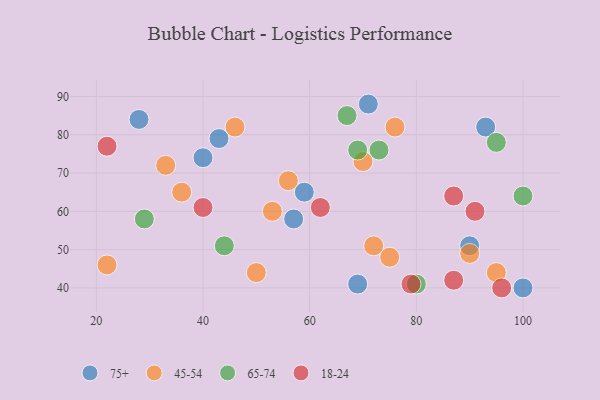
{"axis": {"x": "GDP", "y": "Life Expectancy"}, "legend": ["18-24", "45-54", "65-74", "75+"], "data": [{"x": "69", "y": 41, "type": "75+"}, {"x": "93", "y": 82, "type": "75+"}, {"x": "43", "y": 79, "type": "75+"}, {"x": "59", "y": 65, "type": "75+"}, {"x": "57", "y": 58, "type": "75+"}, {"x": "90", "y": 51, "type": "75+"}, {"x": "100", "y": 40, "type": "75+"}, {"x": "40", "y": 74, "type": "75+"}, {"x": "71", "y": 88, "type": "75+"}, {"x": "28", "y": 84, "type": "75+"}, {"x": "56", "y": 68, "type": "45-54"}, {"x": "33", "y": 72, "type": "45-54"}, {"x": "53", "y": 60, "type": "45-54"}, {"x": "22", "y": 46, "type": "45-54"}, {"x": "36", "y": 65, "type": "45-54"}, {"x": "50", "y": 44, "type": "45-54"}, {"x": "90", "y": 49, "type": "45-54"}, {"x": "76", "y": 82, "type": "45-54"}, {"x": "72", "y": 51, "type": "45-54"}, {"x": "46", "y": 82, "type": "45-54"}, {"x": "75", "y": 48, "type": "45-54"}, {"x": "95", "y": 44, "type": "45-54"}, {"x": "70", "y": 73, "type": "45-54"}, {"x": "44", "y": 51, "type": "65-74"}, {"x": "29", "y": 58, "type": "65-74"}, {"x": "67", "y": 85, "type": "65-74"}, {"x": "69", "y": 76, "type": "65-74"}, {"x": "95", "y": 78, "type": "65-74"}, {"x": "73", "y": 76, "type": "65-74"}, {"x": "100", "y": 64, "type": "65-74"}, {"x": "80", "y": 41, "type": "65-74"}, {"x": "96", "y": 40, "type": "18-24"}, {"x": "87", "y": 64, "type": "18-24"}, {"x": "22", "y": 77, "type": "18-24"}, {"x": "79", "y": 41, "type": "18-24"}, {"x": "87", "y": 42, "type": "18-24"}, {"x": "40", "y": 61, "type": "18-24"}, {"x": "62", "y": 61, "type": "18-24"}, {"x": "91", "y": 60, "type": "18-24"}]}